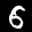
Label: 6